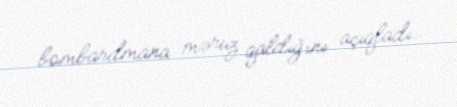
bombardmana məruz qaldığını açıqladı.